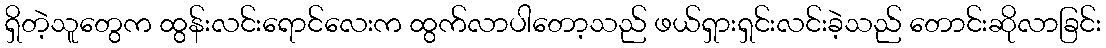
ရှိတဲ့သူတွေက ထွန်းလင်းရောင်လေးက ထွက်လာပါတော့သည် ဖယ်ရှားရှင်းလင်းခဲ့သည် တောင်းဆိုလာခြင်း